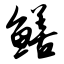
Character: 鳝